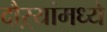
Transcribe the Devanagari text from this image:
दौऱ्यांमध्ये